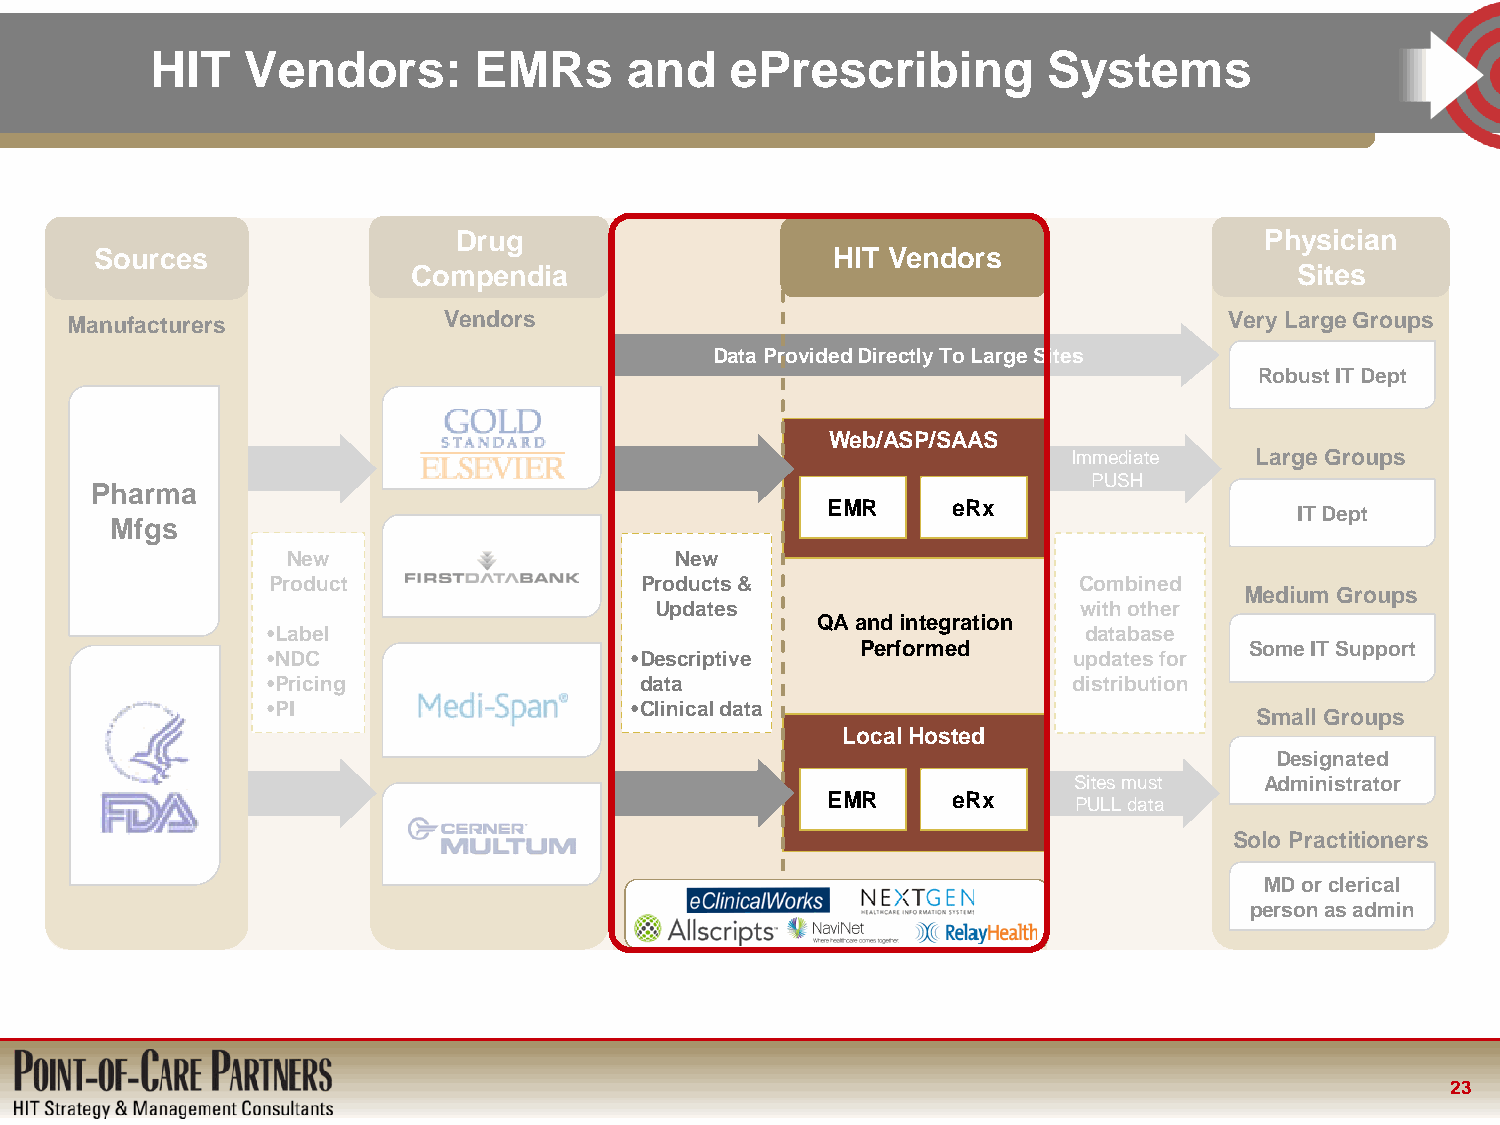
HIT   Vendors:       EMRs       and   ePrescribing         Systems
 Drug                                                  Physician
 Sou rces                                         HIT Vendors
 Compendia                                                  Sit es
 Manufacturers            Vendors                                             Very Large Groups
 Data Provided Directly To Large Sites
 Robust IT Dept
 Web/ASP/SAAS
 Immediate   Large Groups
 PUSH
 Pharma
 EMR     eRx                    IT D ept
 Mfgs
 New                       New
 FDB
 Product                 Products &                   Combined
 Medium Groups
 Updates                      with other
 QA and integration
 •Label                                                database
 Performed                 Some IT Support
 •NDC                    •Descriptive                 updates for
 •Pricing                data                         distribution
 •PI                     •Clinical data
 Small Groups
 Local Hosted
 Designated
 FDA
 Sites must   Administrator
 EMR     eRx     PULL data
 Multum                                              Solo Practitioners
 MD or clerical
 person as admin
 23